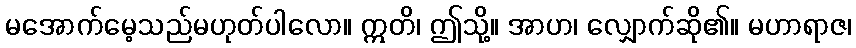
မအောက်မေ့သည်မဟုတ်ပါလော။ ဣတိ၊ ဤသို့။ အာဟ၊ လျှောက်ဆို၏။ မဟာရာဇ၊